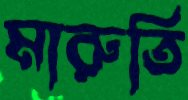
মারুতি